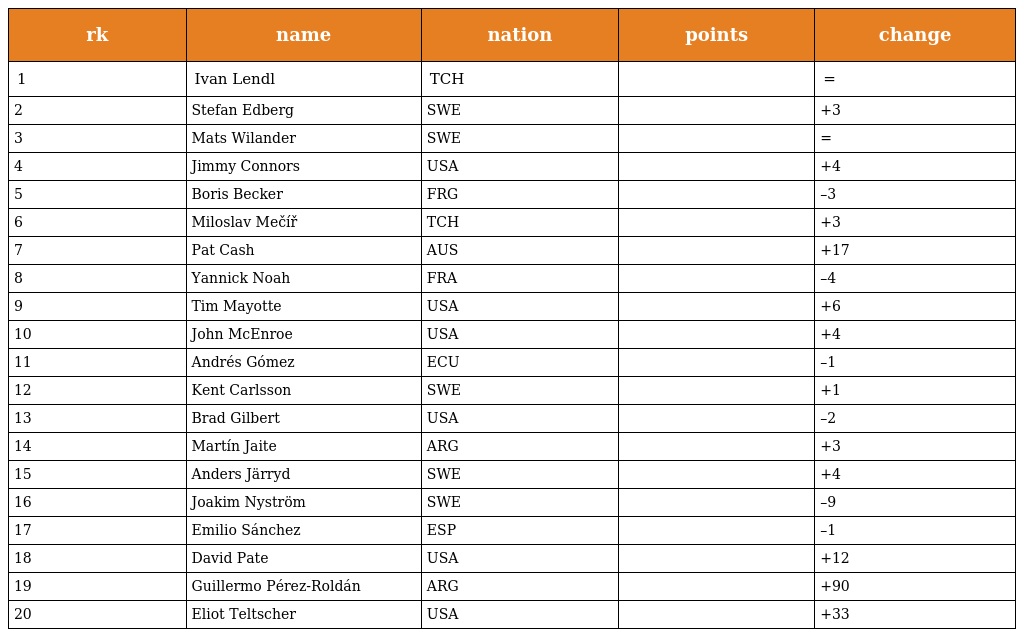
| rk | name | nation | points | change |
 | --- | --- | --- | --- | --- |
 | 1 | Ivan Lendl | TCH |  | = |
 | 2 | Stefan Edberg | SWE |  | +3 |
 | 3 | Mats Wilander | SWE |  | = |
 | 4 | Jimmy Connors | USA |  | +4 |
 | 5 | Boris Becker | FRG |  | –3 |
 | 6 | Miloslav Mečíř | TCH |  | +3 |
 | 7 | Pat Cash | AUS |  | +17 |
 | 8 | Yannick Noah | FRA |  | –4 |
 | 9 | Tim Mayotte | USA |  | +6 |
 | 10 | John McEnroe | USA |  | +4 |
 | 11 | Andrés Gómez | ECU |  | –1 |
 | 12 | Kent Carlsson | SWE |  | +1 |
 | 13 | Brad Gilbert | USA |  | –2 |
 | 14 | Martín Jaite | ARG |  | +3 |
 | 15 | Anders Järryd | SWE |  | +4 |
 | 16 | Joakim Nyström | SWE |  | –9 |
 | 17 | Emilio Sánchez | ESP |  | –1 |
 | 18 | David Pate | USA |  | +12 |
 | 19 | Guillermo Pérez-Roldán | ARG |  | +90 |
 | 20 | Eliot Teltscher | USA |  | +33 |